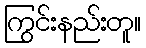
ကြွင်းနည်းတူ။